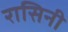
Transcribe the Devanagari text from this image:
रासिनी